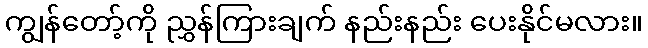
ကျွန်တော့်ကို ညွှန်ကြားချက် နည်းနည်း ပေးနိုင်မလား။